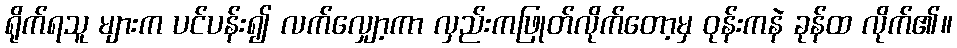
ရိုက်ရသူ များက ပင်ပန်း၍ လက်လျှော့ကာ လှည်းကဖြုတ်လိုက်တော့မှ ဝုန်းကနဲ ခုန်ထ လိုက်၏။